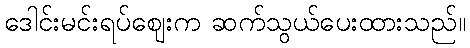
ဒေါင်းမင်းရပ်ဈေးက ဆက်သွယ်ပေးထားသည်။